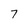
Character: 7